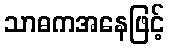
သာဓကအနေဖြင့်